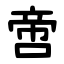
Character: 啻